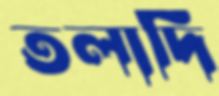
তলাদি